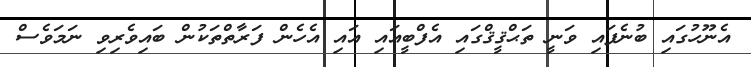
އެނޫހުގައި ބުނެފައި ވަނީ ތަޙްޤީޤްގައި އެފްބީއައި އައި އެހެން ފަރާތްތަކުން ބައިވެރިވި ނަމަވެސް